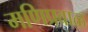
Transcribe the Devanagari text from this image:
मणिप्रवाळ